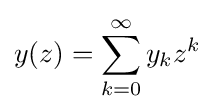
y(z)=\sum _{k=0}^{\infty }y_{k}z^{k}